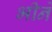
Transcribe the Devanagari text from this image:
भीने